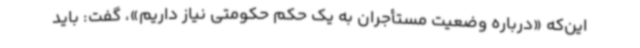
این‌که «درباره وضعیت مستأجران به یک حکم حکومتی نیاز داریم»، گفت: باید